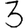
Digit: 3